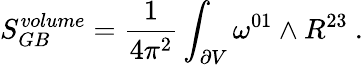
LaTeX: S_{GB}^{volume}={\frac{1}{4\pi^{2}}}\int_{\partial V}\omega^{01}\wedge R^{23}\ .